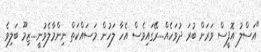
"އަސްލު އޮފީސް ވަރަށް ބުރަ ދުވަހެއް....ރޭގައިވެސް އެހާ ލަހުން މަސައްކަތް ނިންމާލެވުނީ....ޒިމޫ ބަލިވެ